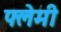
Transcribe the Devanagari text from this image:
फ्लेमी